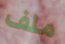
ملف